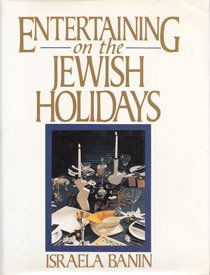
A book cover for Entertaining on the Jewish Holidays; Israela Banin; Cookbooks, Food & Wine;